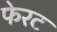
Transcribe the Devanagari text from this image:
फेरट